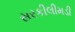
સરકીલીમડી